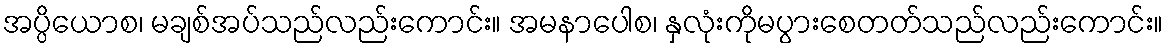
အပ္ပိယောစ၊ မချစ်အပ်သည်လည်းကောင်း။ အမနာပေါစ၊ နှလုံးကိုမပွားစေတတ်သည်လည်းကောင်း။